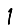
Digit: 1